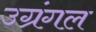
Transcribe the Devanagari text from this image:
उग्रंंगल